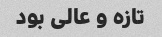
تازه و عالی بود